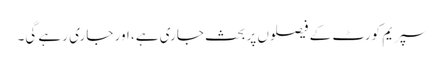
سپریم کورٹ کے فیصلوں پر بحث جاری ہے، اور جاری رہے گی۔